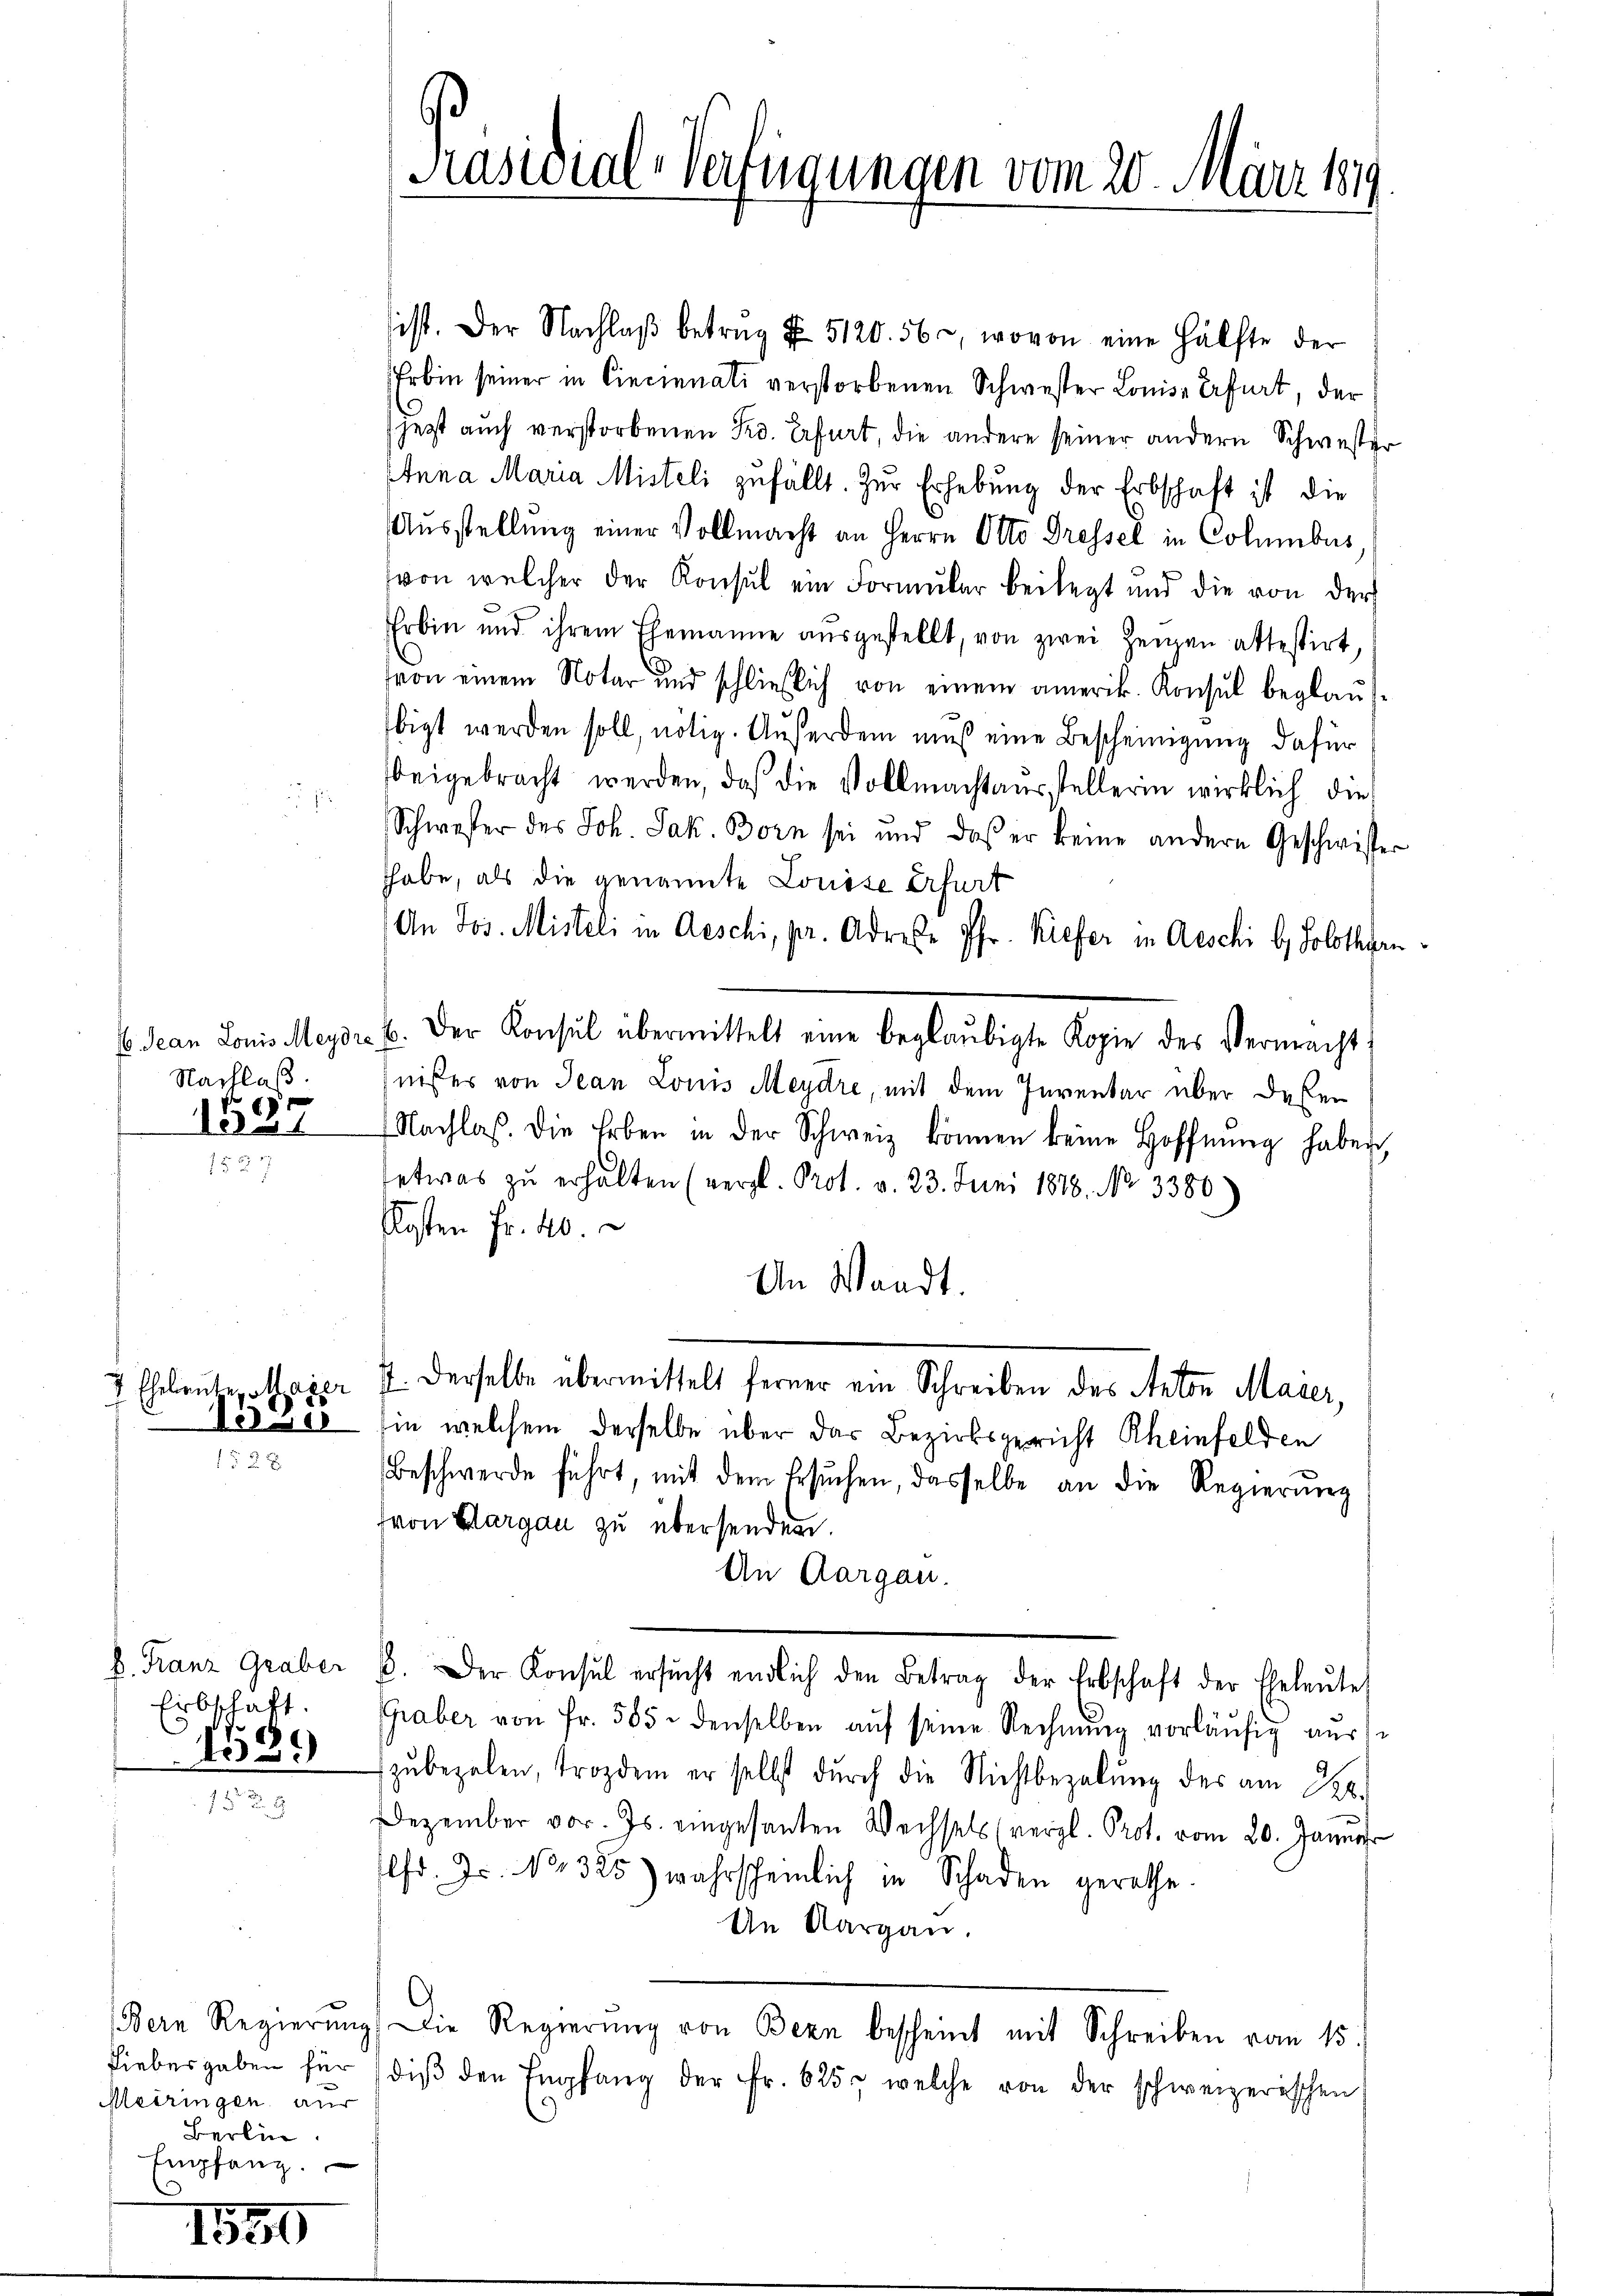
Jean Louis Meydr
Nachlaß.
)

13.

1395
152 x

d. Franz Graber
Erbschaft.
1599

Liebesgaben für
Meiringen aus
Berlin
Empfang.

1550

Präsidial-Verfügungen vom 20. März 1819

sist. Der Nachlaβ betrag I 5120. 56, wovon eine Hälfte der
Erbin seiner in Cincinnali verstorbenen Schwester Louise Erfurt, der
jezt auch verstorbenen Pro. Erfurt, die andere seiner andern Schwester
Anna Maria Misteli zufällt. Zur Erhebung der Erbschaft ist die
Ausstellung einer Vollmacht an Herrn Otto Dressel in Columbus
(von welcher der Konsul ein Formular beilegt und die von der
Erbin und ihrem Ehemanne aŭsgestellt, von zwei Zeigen attestirt,
von einem Notar und schließlich von einem amerik. Konsul beglaŭs-
bigt werden soll, nötig. Außerdem muß eine Bescheinigung dafür
beigebracht werden, daß die Vollmachtausstellerin wirklich die
Schwester des Joh. Jak. Born sei und das er keine andern Geschwister
thabe, als die genannte Louise Erfurt
An Jos. Misteli in Aeschi, pr. Adrese Pfr. Kiefer in Aeschi b, Solothurn
b. Der Konsul übermittelt eine beglaubigte Kopie des Vermacht,
nißes von Jean Louis Meydre, mit dem Inventar über deßen
Nachlaβ. Die Erben in der Schweiz können keine Hoffnŭng haben,
etwas zŭ erhalten (vergl. Prot. v. 23. Juni 1888. No. 3380)
Kosten Fr. 40.
An Waadt.
7 Eheleute, Maÿer 7. derselbe übermittelt ferner ein Schreiben des Anton Maser,
in, welchem derselbe über das Bezirksgericht Rheinfelden
Beschwerde führt, mit dem Ersŭchen, dasselbe an die Regierŭng
(von Aargau zu übersenden.
An Aargau.
B. Der Konsul ersŭcht endlich den Betrag der Erbschaft der Eheleŭte
Graber von Fr. 585. denselben aŭf seine Rechnŭng vorläŭfig auss
zŭbezalen, trozdem er selbst dŭrch die Nichtbezalŭng der am 28.
Dezember vor. Js. eingesanten Wechsels vergl. Prot. vom 20. Janŭar
lfr. Js. No. 325) wahrscheinlich in Schaden gerathe.
An Aargau.
Bern Regierŭng. Die Regierŭng von Bern bescheint mit Schreiben vom 15.
diβ den Empfang der Fr. 625, welche von der schweizerischen